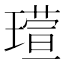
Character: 𪼘